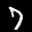
Label: 7